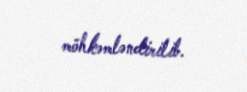
möhkəmləndirilib.